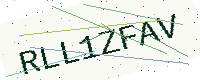
Text: RLL1ZFAV